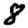
Digit: 8